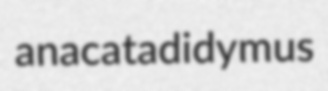
anacatadidymus